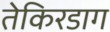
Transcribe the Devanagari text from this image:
तेकिरडाग